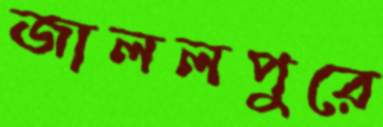
জাললপুরে